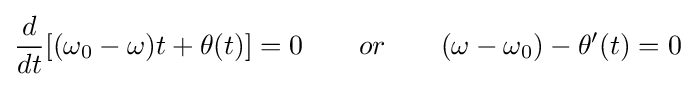
{\frac {d}{dt}}[(\omega _{0}-\omega )t+\theta (t)]=0\qquad or\qquad (\omega -\omega _{0})-\theta '(t)=0